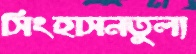
সিংহাসনতুল্য